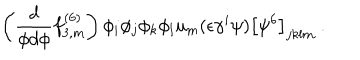
LaTeX: \left( \frac { d } { \phi d \phi } f _ { 3 , m } ^ { ( 6 ) } \right) \phi _ { i } \phi _ { j } \phi _ { k } \phi _ { l } u _ { m } ( \epsilon \gamma ^ { i } \psi ) \left[ \psi ^ { 6 } \right] _ { j k l m } \ .